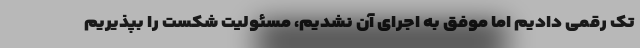
تک رقمی دادیم اما موفق به اجرای آن نشدیم، مسئولیت شکست را بپذیریم